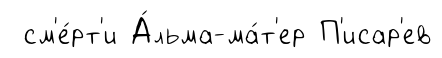
см'е́рт'и А́льма-ма́т'ер П'исар'ев